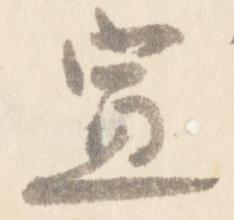
宣